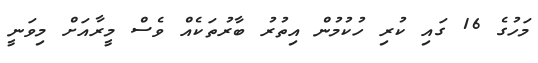
މަހުގެ 16 ގައި ކުރި ހުކުމުން އިތުރު ބާރުތަކެއް ވެސް މީރާއަށް މިވަނީ